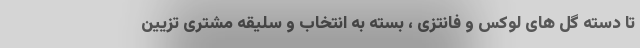
تا دسته گل های لوکس و فانتزی ، بسته به انتخاب و سلیقه مشتری تزیین